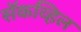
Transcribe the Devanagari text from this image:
सॅकव्हिल